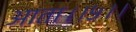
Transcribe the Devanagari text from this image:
आता।।५।।